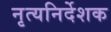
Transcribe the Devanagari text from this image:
नृत्यनिर्देशक